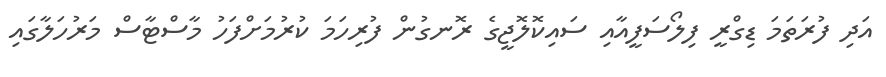
އަދި ފުރަތަމަ ޑިގްރީ ފިލޯސަފީއާއި ސައިކޮލޮޖީގެ ރޮނގުން ފުރިހަމަ ކުރުމަށްފަހު މާސްޓާސް މަރުހަލާގައި